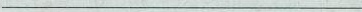
___